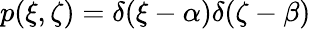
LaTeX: p(\xi,\zeta)=\delta(\xi-\alpha)\delta(\zeta-\beta)